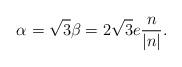
LaTeX: \begin{align*}\alpha=\sqrt{3}\beta=2\sqrt{3}e\frac{n}{|n|}.\end{align*}